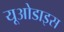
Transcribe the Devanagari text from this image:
यूओडाइस